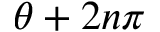
\theta + 2 n \pi